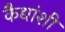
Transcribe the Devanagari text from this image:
कैद्यांशी